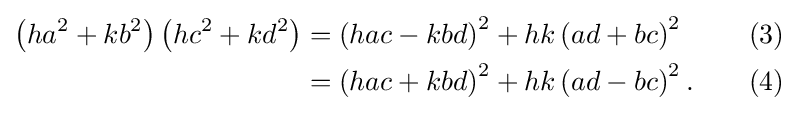
{\begin{aligned}\left(ha^{2}+kb^{2}\right)\left(hc^{2}+kd^{2}\right)&{}=\left(hac-kbd\right)^{2}+hk\left(ad+bc\right)^{2}&&&(3)\\&{}=\left(hac+kbd\right)^{2}+hk\left(ad-bc\right)^{2}.&&&(4)\end{aligned}}